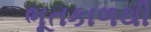
ભૂતકાળથી